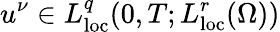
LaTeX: u^{\nu}\in L_{\mathrm{loc}}^{q}(0,T;L_{\mathrm{loc}}^{r}(\Omega))